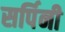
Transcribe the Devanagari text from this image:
सर्पिनी